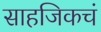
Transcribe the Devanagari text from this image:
साहजिकचं